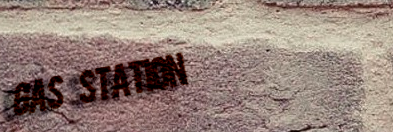
Gas Station